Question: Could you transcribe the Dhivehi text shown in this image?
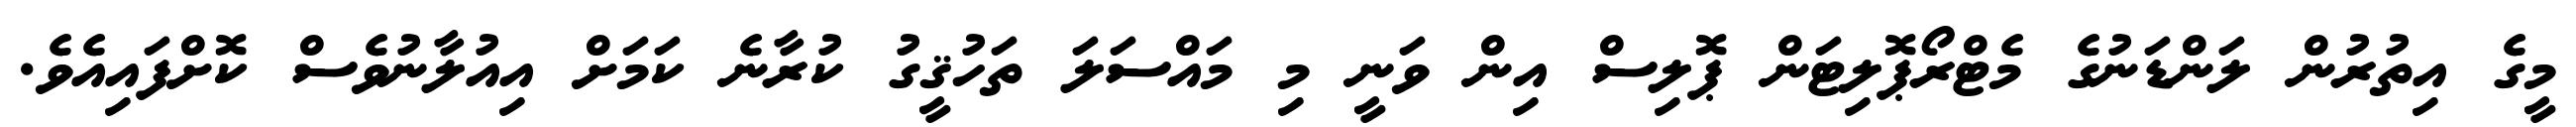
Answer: މީގެ އިތުރުން ލަންޑަނުގެ މެޓްރޯޕޮލިޓަން ޕޮލިސް އިން ވަނީ މި މައްސަލަ ތަހުޤީގު ކުރާނެ ކަމަށް އިއުލާނުވެސް ކޮށްފައިއެވެ.